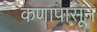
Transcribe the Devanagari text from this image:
कणापासून